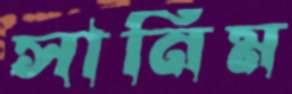
সানিম